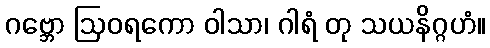
ဂဗ္ဘော ဩဝရကော ဝါသာ၊ ဂါရံ တု သယနိဂ္ဂဟံ။